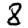
Digit: 8